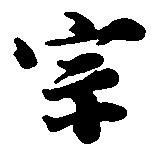
宗